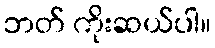
ဘတ် ကိုးဆယ်ပါ။